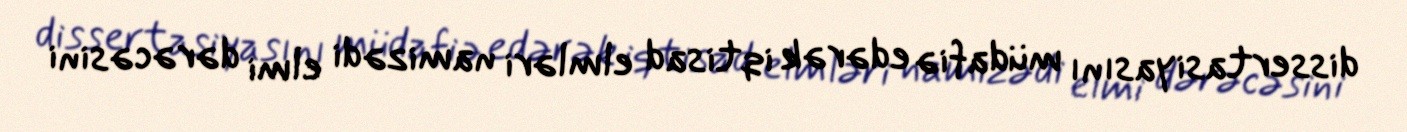
dissertasiyasını müdafiə edərək iqtisad elmləri namizədi elmi dərəcəsini